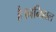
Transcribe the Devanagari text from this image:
है।ननिहाल